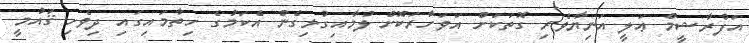
އަފްރާޝީމް ޢަލީ އަނިޔާވެރި ގޮތަކަށް އަވަހާރަކޮށް ލުމާއިގުޅިގެން އެކަމުގެ ހިތާމައިގައި ދިވެހި ޤައުމީ